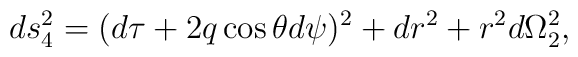
ds^2_{4} = (d\tau + 2q \cos\theta d\psi)^2 + dr^2 + r^2d\Omega_{2}^{2},